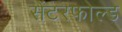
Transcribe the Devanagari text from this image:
सेंटरफोल्ड